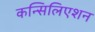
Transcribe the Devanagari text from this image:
कन्सिलिएशन